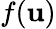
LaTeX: f(\mathbf{u})